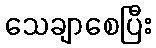
သေချာစေပြီး